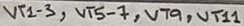
Text: VT1-3, VT5-7, VT9, VT11